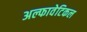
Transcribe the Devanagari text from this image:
अल्फावेटिकल